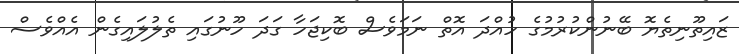
ޒައިތޫނިތެޔޮ ބޭނުންކުރުމުގެ ހުއްދަ އޮތް ނަމަވެސް ބޮކިޖަހާ ގަދަ ހޫނުގައި ތެލުލައިގެން އެއްވެސް